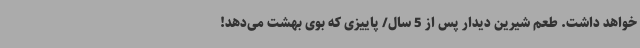
خواهد داشت. طعم شیرین دیدار پس از 5 سال/ پاییزی که بوی بهشت می‌دهد!